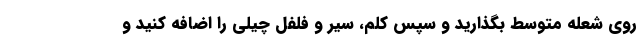
روی شعله متوسط بگذارید و سپس کلم، سیر و فلفل چیلی را اضافه کنید و